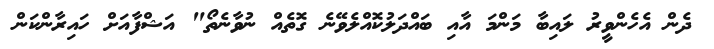
ދެން އެހެންވީރު ލައިބާ މަންމަ އާއި ބައްދަލުކޮއްލެވޭނެ ގޮތެއް ނުވާނެތޯ" އަޝްފާއަށް ހައިރާންކަން